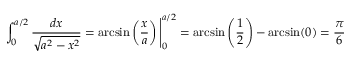
\int _ { 0 } ^ { a / 2 } { \frac { d x } { \sqrt { a ^ { 2 } - x ^ { 2 } } } } = \arcsin \left( { \frac { x } { a } } \right) { \Biggl | } _ { 0 } ^ { a / 2 } = \arcsin \left( { \frac { 1 } { 2 } } \right) - \arcsin ( 0 ) = { \frac { \pi } { 6 } }